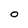
Character: O